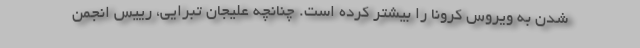
شدن به ویروس کرونا را بیشتر کرده است. چنانچه علیجان تبرایی، ريیس انجمن